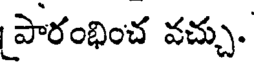
పారంభించ వచ్చు.